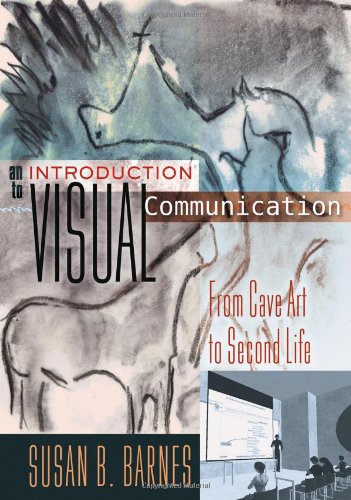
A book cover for An Introduction to Visual Communication: From Cave Art to Second Life; Susan B. Barnes; Arts & Photography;